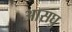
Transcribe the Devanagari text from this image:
आसघु